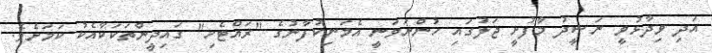
އަދި ވިދާޅުވީ ނަޝީދު މާފުށީ ޖަލުގައި ހުންނަވަނީ އެމަނިކުފާނުގެ "ރައްޓެހި" ގައިދީންތަކަކާއެކު ކަމަށެވެ.